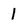
Character: l